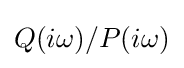
Q(i\omega )/P(i\omega )